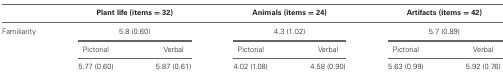
<table><thead><tr><td>[EMPTY_CELL]</td><td colspan="2"><b>Plant life (items = 32)</b></td><td colspan="2"><b>Animals (items = 24)</b></td><td colspan="2"><b>Artifacts (items = 42)</b></td></tr></thead><tbody><tr><td>Familiarity</td><td colspan="2">5.8 (0.60)</td><td colspan="2">4.3 (1.02)</td><td colspan="2">5.7 (0.89)</td></tr><tr><td>[EMPTY_CELL]</td><td>Pictorial</td><td>Verbal</td><td>Pictorial</td><td>Verbal</td><td>Pictorial</td><td>Verbal</td></tr><tr><td>[EMPTY_CELL]</td><td>5.77 (0.60)</td><td>5.87 (0.61)</td><td>4.02 (1.08)</td><td>4.58 (0.90)</td><td>5.63 (0.99)</td><td>5.92 (0.76)</td></tr></tbody></table>